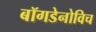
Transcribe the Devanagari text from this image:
बॉगडेनोविच